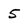
Character: 5